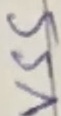
Text: VSS